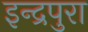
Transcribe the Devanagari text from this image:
इन्द्रपुरा